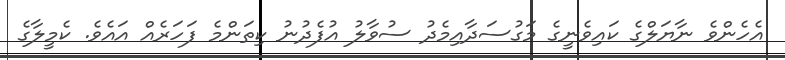
އެހެންވެ ނާޔަލްގެ ކައިވެނީގެ މަގުސަދާއިމެދު ސުވާލު އުފެދުނު ކިތަންމެ ފަހަރެއް އައެވެ. ކެމީލާގެ